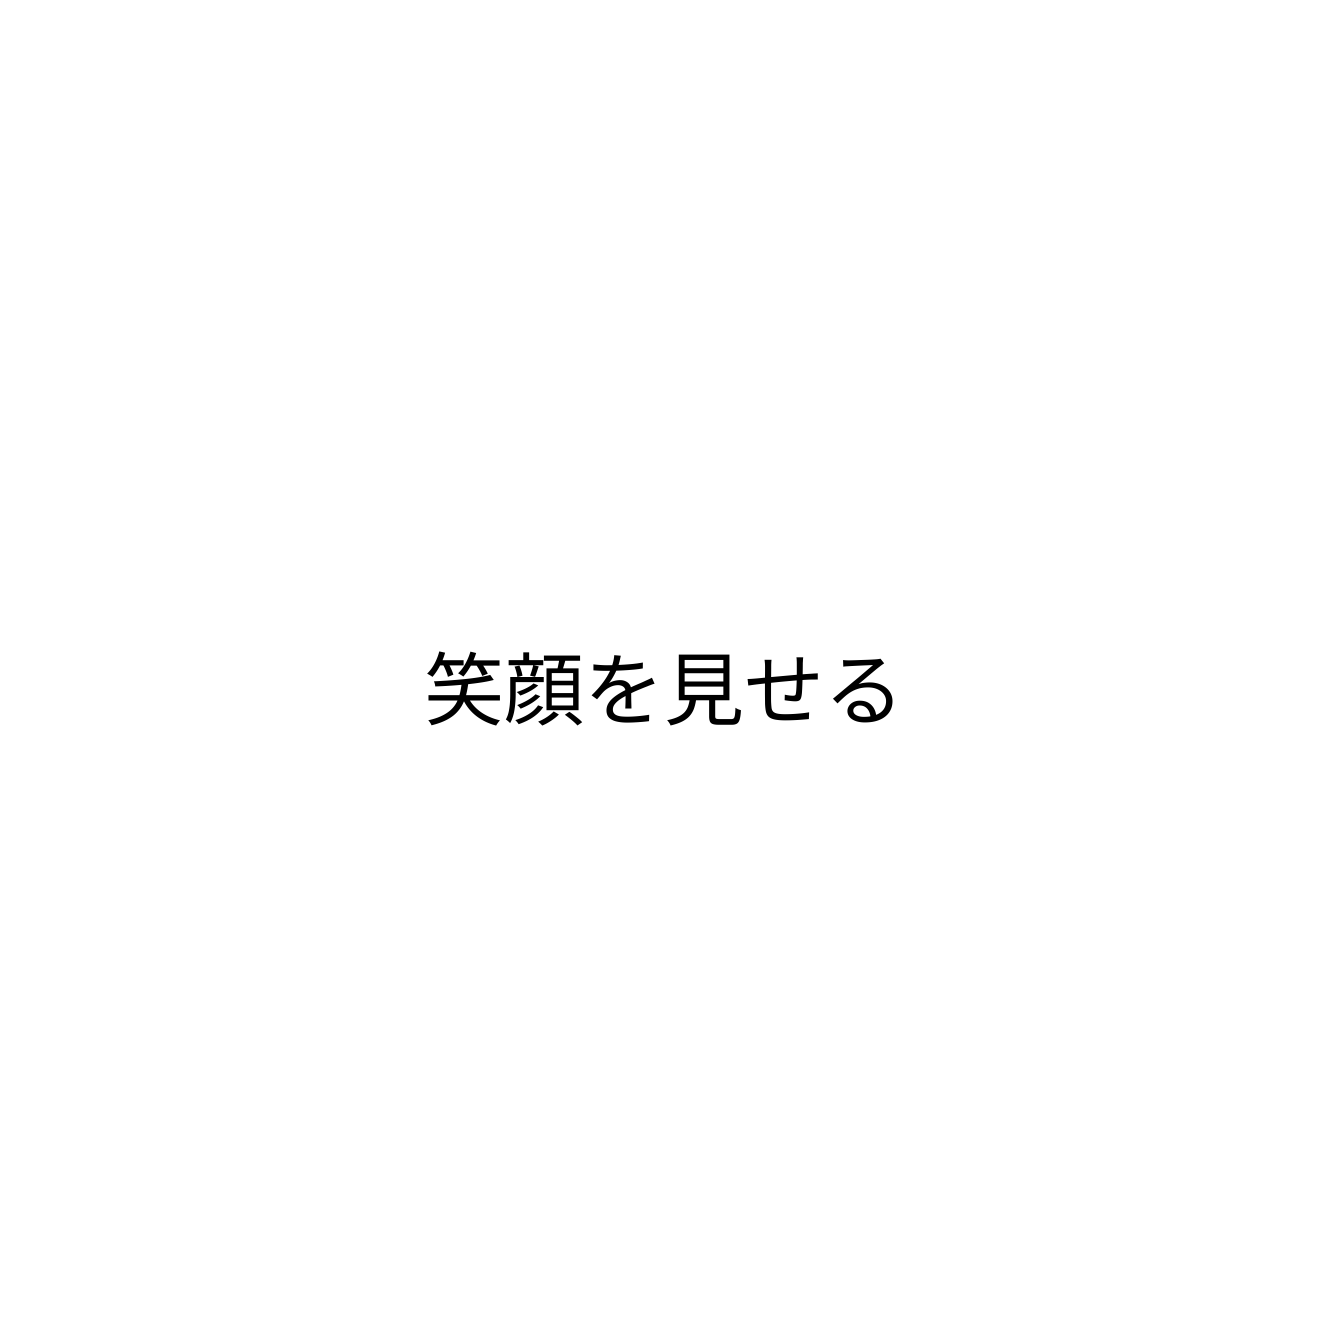
笑顔を見せる